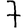
Digit: 7